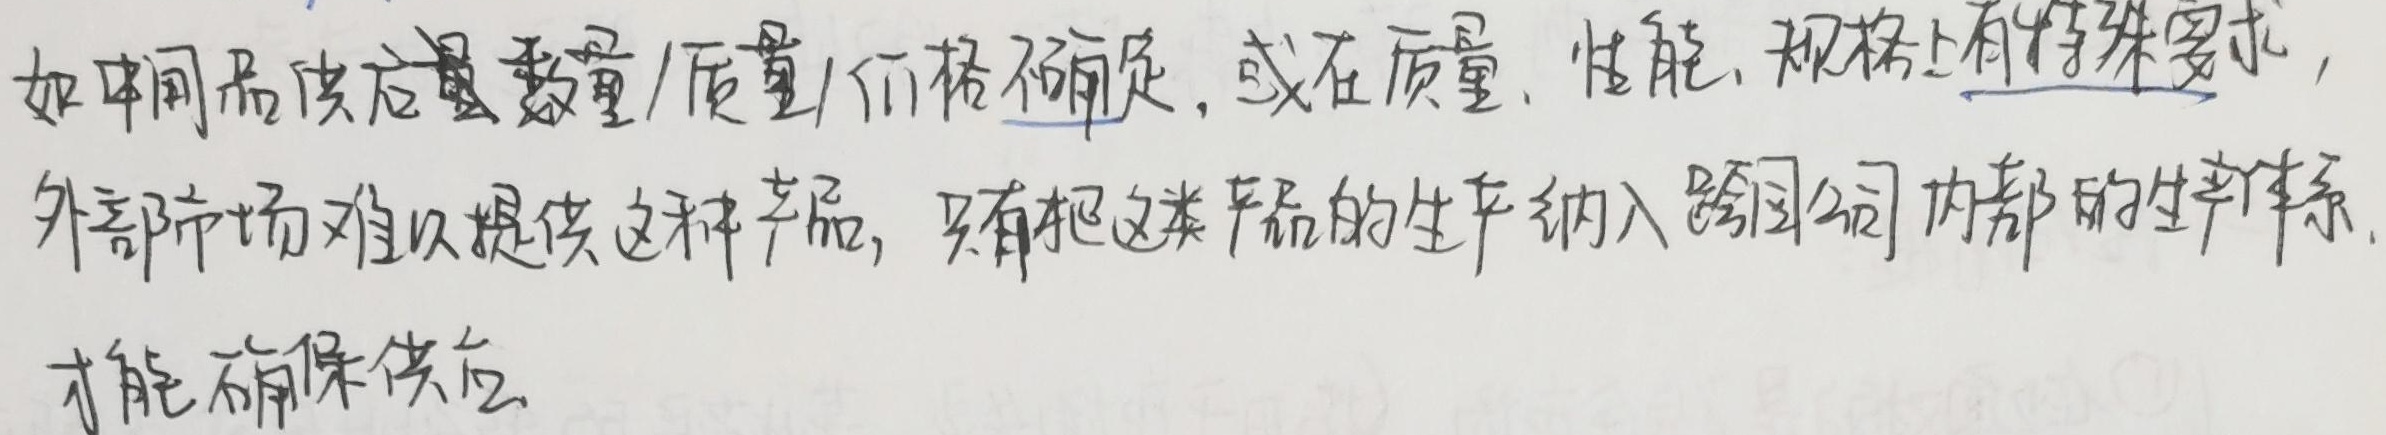
如中间品供应量数量/质量/价格不确定，或在质量、性能、规格上有特殊要求，外部市场难以提供这种产品，只有把这类产品的生产纳入跨国公司内部的生产体系，才能确保供应。